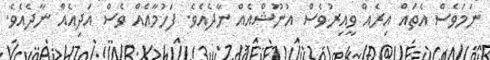
ނަމަވެސް އެތައް އިރެއް ވީއިރުވެސް އުނޫޝްއެއް ނާދެއެވެ. ފަހުމާއެއް ވެސް އަދިއެއް ނާދެއެވެ.